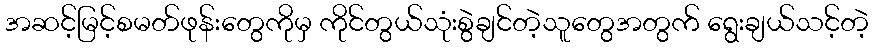
အဆင့်မြင့်စမတ်ဖုန်းတွေကိုမှ ကိုင်တွယ်သုံးစွဲချင်တဲ့သူတွေအတွက် ရွေးချယ်သင့်တဲ့